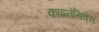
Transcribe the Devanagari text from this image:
काइनेसिक्स